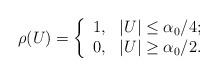
LaTeX: \begin{align*}\rho(U)=\left\{\begin{array}{ll}1, & \hbox{$|U|\leq \alpha_0/4$;} \\0, & \hbox{$|U|\geq \alpha_0/2$.}\end{array}\right.\end{align*}